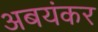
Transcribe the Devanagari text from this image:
अबयंकर